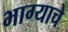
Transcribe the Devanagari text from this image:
भाग्याचे